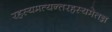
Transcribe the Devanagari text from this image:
रहस्यमत्यन्तरहस्यमेतन्न